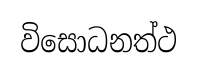
විසොධනත්ථ